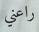
راعني